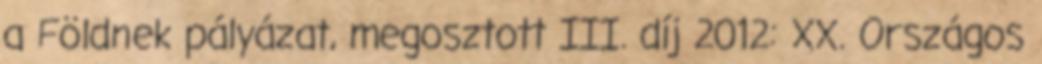
a Földnek pályázat, megosztott III. díj 2012: XX. Országos